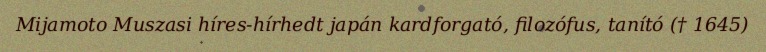
Mijamoto Muszasi híres-hírhedt japán kardforgató, filozófus, tanító († 1645)